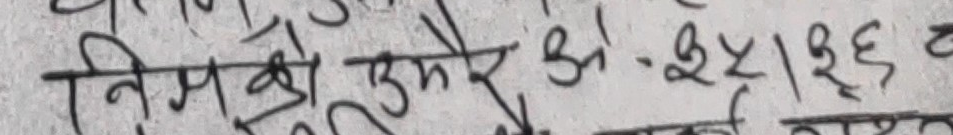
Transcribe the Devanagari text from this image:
निम्नको तुमेर ओ-३५/१३६ छ ।